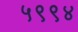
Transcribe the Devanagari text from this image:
५९९४